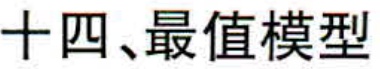
十四、最值模型